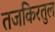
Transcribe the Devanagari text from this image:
तजकिरतुल